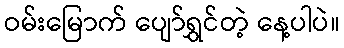
ဝမ်းမြောက် ပျော်ရွှင်တဲ့ နေ့ပါပဲ။